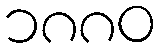
၁၈၈၀